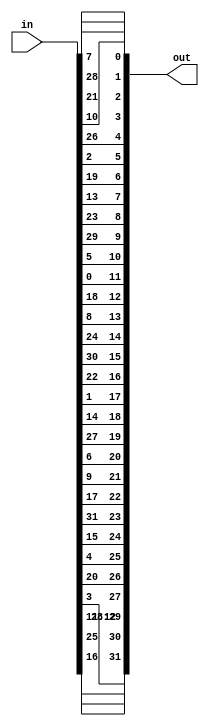
/*
 
 Module Name : exp_permutation
 
 Functionality :
 The fixedp_func is Used In Each Round Logic to re-order the S Boxes Output
 Following The Standard Order Before Being XORed with The Left Portion
 Generating The Function Output Which Will Be the Right Portion Of the New Round
 
 */

module fixedp_func(input    [32:1] in   ,
                   output   [32:1] out  );

    assign out =   {in[17], in[26], in[13], in[12], in[4], 
                    in[21], in[5],  in[16], in[32], 
                    in[18], in[10], in[7],  in[28], 
                    in[15], in[2],  in[23], in[31], 
                    in[25], in[9],  in[19], in[1], 
                    in[6],  in[30], in[24], in[14], 
                    in[20], in[3],  in[27], in[11], 
                    in[22], in[29], in[8]};

endmodule